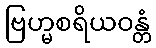
ဗြဟ္မစရိယဝန္တံ